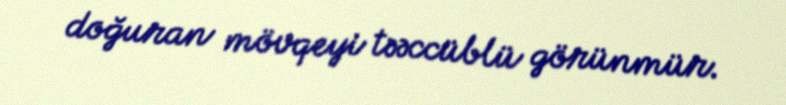
doğuran mövqeyi təəccüblü görünmür.